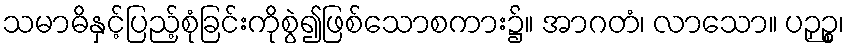
သမာဓိနှင့်ပြည့်စုံခြင်းကိုစွဲ၍ဖြစ်သောစကား၌။ အာဂတံ၊ လာသော။ ပဉှဉ္စ၊